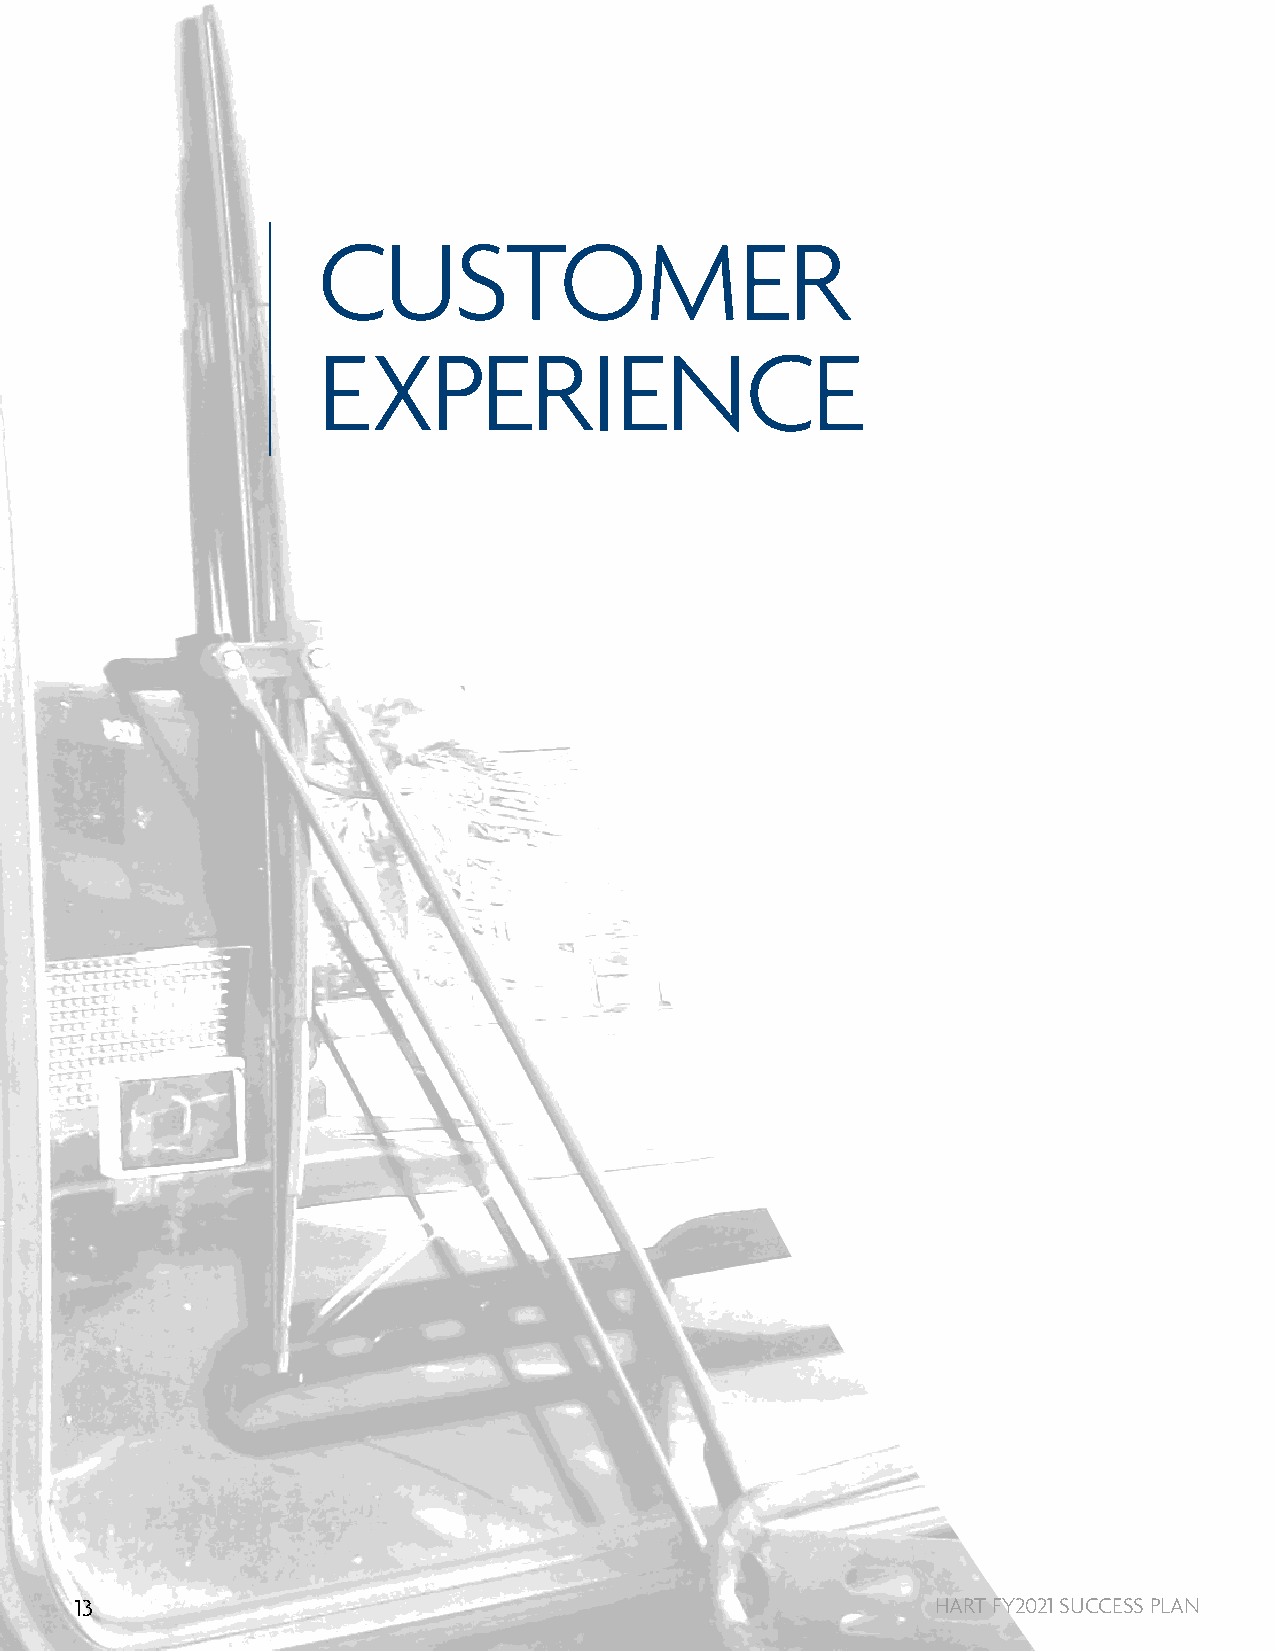
CUSTOMER
 EXPERIENCE
 13                                                       HART FY2021 SUCCESS PLAN